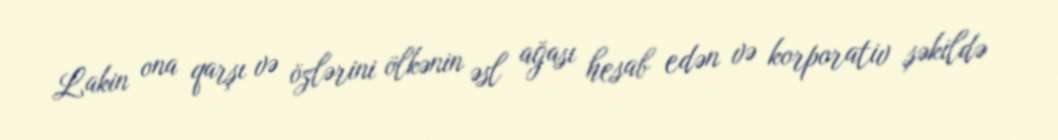
Lakin ona qarşı və özlərini ölkənin əsl ağası hesab edən və korporativ şəkildə